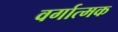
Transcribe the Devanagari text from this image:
वर्गात्मक